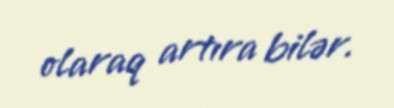
olaraq artıra bilər.